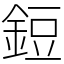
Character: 鋀